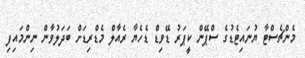
މެންޗެސްޓާ ޔުނައިޓެޑުގެ ސްޕޭން ކީޕަރު ޑޭވިޑް ޑެހެޔާ ރެއާލް މެޑްރިޑަށް ބަދަލުވާން ނިންމައިފި